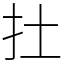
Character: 扗